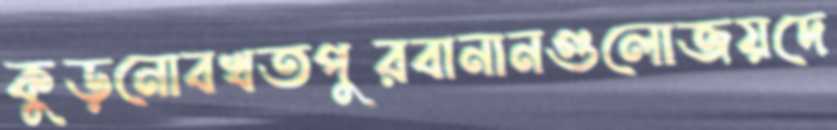
কুড়নোবখতপুরবানানগুলোজয়দে